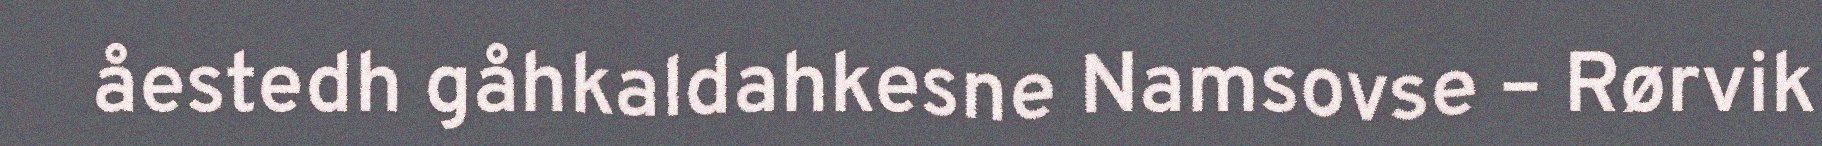
åestedh gåhkaldahkesne Namsovse – Rørvik